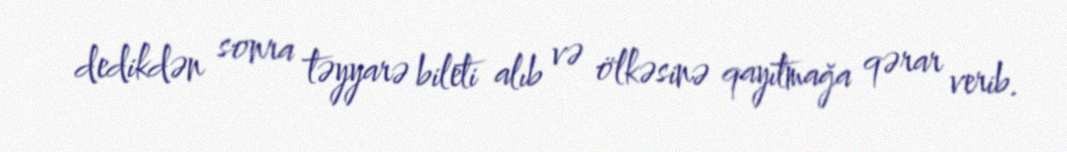
dedikdən sonra təyyarə bileti alıb və ölkəsinə qayıtmağa qərar verib.